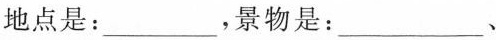
地点是：___，景物是：___、